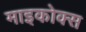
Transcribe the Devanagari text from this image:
माइकोक्स